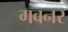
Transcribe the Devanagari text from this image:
गवनर